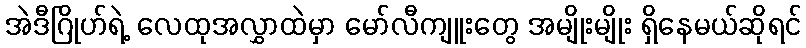
အဲဒီဂြိုဟ်ရဲ့ လေထုအလွှာထဲမှာ မော်လီကျူးတွေ အမျိုးမျိုး ရှိနေမယ်ဆိုရင်